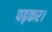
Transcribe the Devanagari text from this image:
पढ़कर।